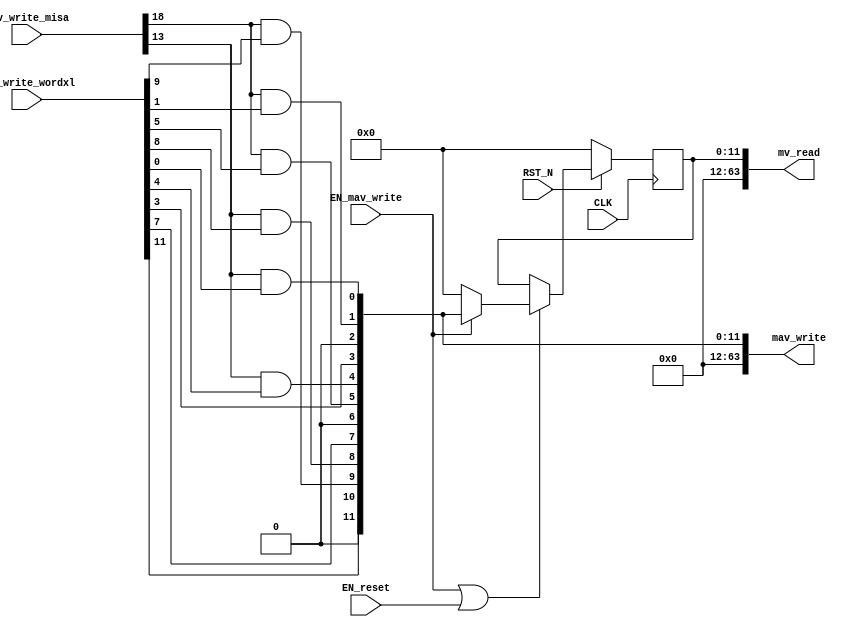
//
// Generated by Bluespec Compiler (build 7d25cde)
//
//
// Ports:
// Name                         I/O  size props
// mv_read                        O    64
// mav_write                      O    64
// CLK                            I     1 clock
// RST_N                          I     1 reset
// mav_write_misa                 I    28
// mav_write_wordxl               I    64
// EN_reset                       I     1
// EN_mav_write                   I     1
//
// Combinational paths from inputs to outputs:
//   (mav_write_misa, mav_write_wordxl) -> mav_write
//
//

`ifdef BSV_ASSIGNMENT_DELAY
`else
  `define BSV_ASSIGNMENT_DELAY
`endif

`ifdef BSV_POSITIVE_RESET
  `define BSV_RESET_VALUE 1'b1
  `define BSV_RESET_EDGE posedge
`else
  `define BSV_RESET_VALUE 1'b0
  `define BSV_RESET_EDGE negedge
`endif

module mkCSR_MIE(CLK,
		 RST_N,

		 EN_reset,

		 mv_read,

		 mav_write_misa,
		 mav_write_wordxl,
		 EN_mav_write,
		 mav_write);
  input  CLK;
  input  RST_N;

  // action method reset
  input  EN_reset;

  // value method mv_read
  output [63 : 0] mv_read;

  // actionvalue method mav_write
  input  [27 : 0] mav_write_misa;
  input  [63 : 0] mav_write_wordxl;
  input  EN_mav_write;
  output [63 : 0] mav_write;

  // signals for module outputs
  wire [63 : 0] mav_write, mv_read;

  // register rg_mie
  reg [11 : 0] rg_mie;
  wire [11 : 0] rg_mie$D_IN;
  wire rg_mie$EN;

  // rule scheduling signals
  wire CAN_FIRE_mav_write,
       CAN_FIRE_reset,
       WILL_FIRE_mav_write,
       WILL_FIRE_reset;

  // remaining internal signals
  wire [11 : 0] mie__h88;
  wire seie__h117, ssie__h111, stie__h114, ueie__h116, usie__h110, utie__h113;

  // action method reset
  assign CAN_FIRE_reset = 1'd1 ;
  assign WILL_FIRE_reset = EN_reset ;

  // value method mv_read
  assign mv_read = { 52'd0, rg_mie } ;

  // actionvalue method mav_write
  assign mav_write = { 52'd0, mie__h88 } ;
  assign CAN_FIRE_mav_write = 1'd1 ;
  assign WILL_FIRE_mav_write = EN_mav_write ;

  // register rg_mie
  assign rg_mie$D_IN = EN_mav_write ? mie__h88 : 12'd0 ;
  assign rg_mie$EN = EN_mav_write || EN_reset ;

  // remaining internal signals
  assign mie__h88 =
	     { mav_write_wordxl[11],
	       1'b0,
	       seie__h117,
	       ueie__h116,
	       mav_write_wordxl[7],
	       1'b0,
	       stie__h114,
	       utie__h113,
	       mav_write_wordxl[3],
	       1'b0,
	       ssie__h111,
	       usie__h110 } ;
  assign seie__h117 = mav_write_misa[18] && mav_write_wordxl[9] ;
  assign ssie__h111 = mav_write_misa[18] && mav_write_wordxl[1] ;
  assign stie__h114 = mav_write_misa[18] && mav_write_wordxl[5] ;
  assign ueie__h116 = mav_write_misa[13] && mav_write_wordxl[8] ;
  assign usie__h110 = mav_write_misa[13] && mav_write_wordxl[0] ;
  assign utie__h113 = mav_write_misa[13] && mav_write_wordxl[4] ;

  // handling of inlined registers

  always@(posedge CLK)
  begin
    if (RST_N == `BSV_RESET_VALUE)
      begin
        rg_mie <= `BSV_ASSIGNMENT_DELAY 12'd0;
      end
    else
      begin
        if (rg_mie$EN) rg_mie <= `BSV_ASSIGNMENT_DELAY rg_mie$D_IN;
      end
  end

  // synopsys translate_off
  `ifdef BSV_NO_INITIAL_BLOCKS
  `else // not BSV_NO_INITIAL_BLOCKS
  initial
  begin
    rg_mie = 12'hAAA;
  end
  `endif // BSV_NO_INITIAL_BLOCKS
  // synopsys translate_on
endmodule  // mkCSR_MIE